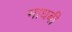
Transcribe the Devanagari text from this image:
माधबी